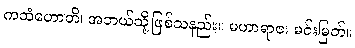
ကထံဟောတိ၊ အဘယ်သို့ဖြစ်သနည်း။ မဟာရာဇ၊ မင်းမြတ်။